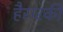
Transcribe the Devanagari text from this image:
हैरारकी